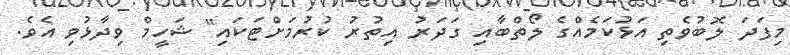
މިފަދަ ލޮބުވެތި އަޅުކަމެއްގެ ލޯތްބާއި ގަދަރު އިތުރު ކުރުމަށްޓަކައި" ޝަހީމް ވިދާޅުވި އެވެ.